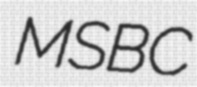
MSBC